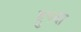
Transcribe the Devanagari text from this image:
द्रुपदा